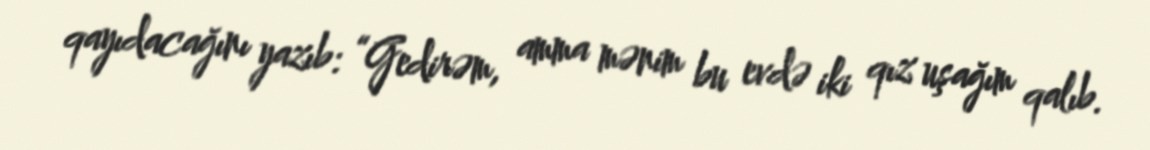
qayıdacağını yazıb: “Gedirəm, amma mənim bu evdə iki qız uşağım qalıb.